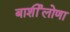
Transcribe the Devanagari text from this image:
बार्शीलोणा